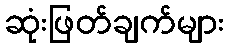
ဆုံးဖြတ်ချက်များ